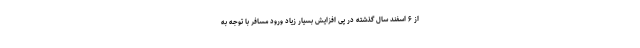
از ۶ اسفند سال گذشته در پی افزایش بسیار زیاد ورود مسافر با توجه به